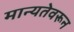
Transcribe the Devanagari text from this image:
मान्यतेवरून